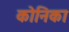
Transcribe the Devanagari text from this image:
कोनिका